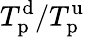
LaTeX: T_{\mathrm{p}}^{\mathrm{d}}/T_{\mathrm{p}}^{\mathrm{u}}